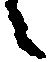
候